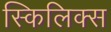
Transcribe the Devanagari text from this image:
स्किलिक्स